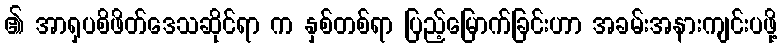
၏ အာရှပစိဖိတ်ဒေသဆိုင်ရာ က နှစ်တစ်ရာ ပြည့်မြောက်ခြင်းဟာ အခမ်းအနားကျင်းပဖို့